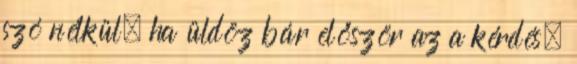
szó nélkül, ha üldöz bár először az a kérdés,